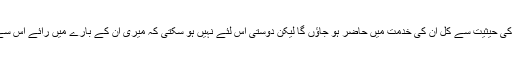
وہ اگر انٹرویو دینا چاہیں تو میں ایک صحافی کی حیثیت سے کل ان کی خدمت میں حاضر ہو جاﺅں گا لیکن دوستی اس لئے نہیں ہو سکتی کہ میری ان کے بارے میں رائے اس سے یکسر الٹ ہے جو آپ جیسے لوگوں کی ہے۔